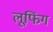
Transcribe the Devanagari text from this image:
लूफिंग